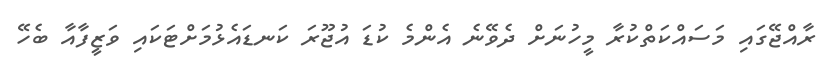
ރާއްޖޭގައި މަސައްކަތްކުރާ މީހުނަށް ދެވޭނެ އެންމެ ކުޑަ އުޖޫރަ ކަނޑައެޅުމަށްޓަކައި ވަޒީފާއާ ބެހޭ